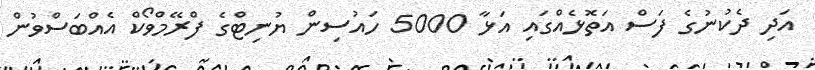
އަދި ދެކުނުގެ ފަސް އަތޮޅެއްގައި އަޅާ 5000 ހައުސިން ޔުނިޓްގެ ފްރޭމްވޯކް އެއްބަސްވުން